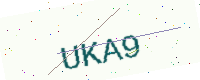
Text: UKA9